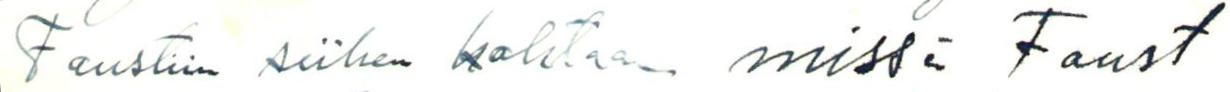
Faustiin siihen kohtaan missä Faust